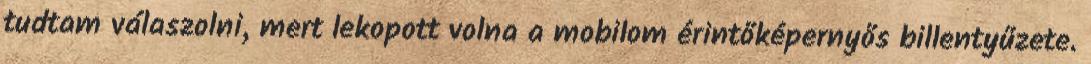
tudtam válaszolni, mert lekopott volna a mobilom érintőképernyős billentyűzete.